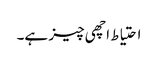
احتیاط اچھی چیز ہے۔